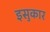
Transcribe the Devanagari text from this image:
इसुकार